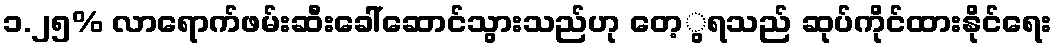
၁.၂၅% လာရောက်ဖမ်းဆီးခေါ်ဆောင်သွားသည်ဟု တေ့ွရသည် ဆုပ်ကိုင်ထားနိုင်ရေး